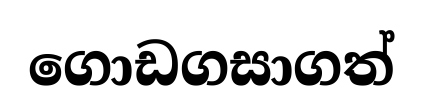
ගොඩගසාගත්